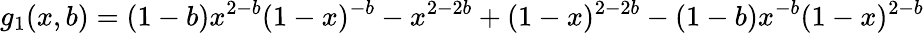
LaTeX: g_{1}(x,b)=(1-b)x^{2-b}(1-x)^{-b}-x^{2-2b}+(1-x)^{2-2b}-(1-b)x^{-b}(1-x)^{2-b}